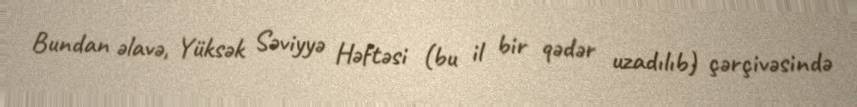
Bundan əlavə, Yüksək Səviyyə Həftəsi (bu il bir qədər uzadılıb) çərçivəsində